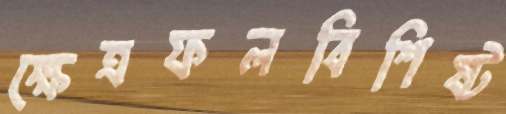
ক্ষেত্রফলবিশিষ্ট